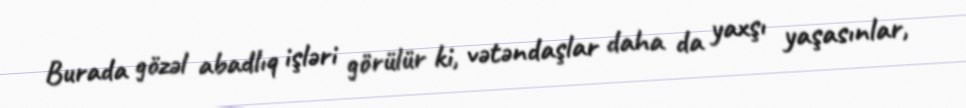
Burada gözəl abadlıq işləri görülür ki, vətəndaşlar daha da yaxşı yaşasınlar,